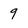
Character: 9